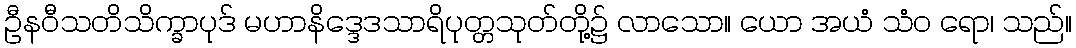
ဦနဝီသတိသိက္ခာပုဒ် မဟာနိဒ္ဒေဒသာရိပုတ္တသုတ်တို့၌ လာသော။ ယော အယံ သံဝ ရော၊ သည်။